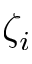
\zeta _ { i }